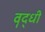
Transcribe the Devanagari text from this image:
वॄद्धी